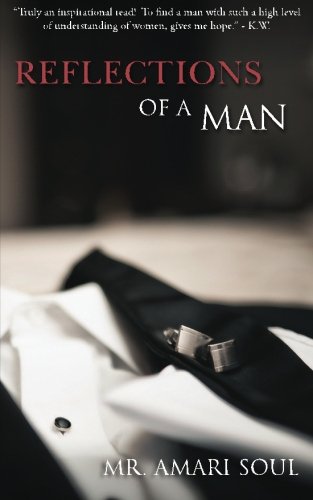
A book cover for Reflections Of A Man; Mr. Amari Soul; Self-Help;